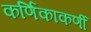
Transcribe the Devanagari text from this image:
कर्णिकाकर्णी